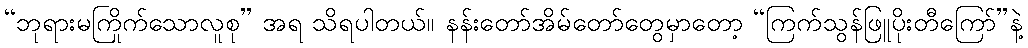
“ဘုရားမကြိုက်သောလူစု” အရ သိရပါတယ်။ နန်းတော်အိမ်တော်တွေမှာတော့ “ကြက်သွန်ဖြူပိုးတီကြော်”နဲ့